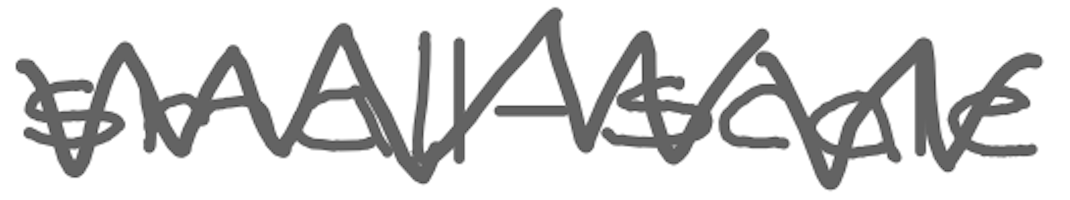
Text: small-scale
Cross-out: zig-zag
Writing tool: digital_gray